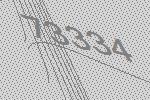
73334